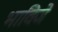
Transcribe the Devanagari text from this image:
भाविजे